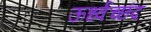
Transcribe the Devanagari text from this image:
ऊर्ध्वच्छंद